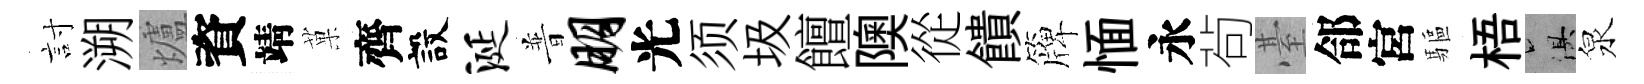
討溯爐資靖菓齊設涎普朋光须圾饘隩從饋簰愐永茍䑓郃宮驅梧俱泉